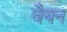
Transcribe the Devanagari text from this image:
वैयन